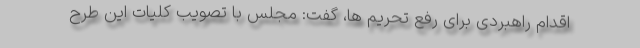
اقدام راهبردی برای رفع تحریم ها، گفت: مجلس با تصویب کلیات این طرح